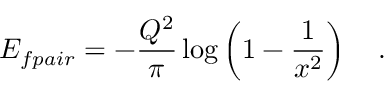
E _ { f p a i r } = - \frac { Q ^ { 2 } } { \pi } \log \left( 1 - \frac { 1 } { x ^ { 2 } } \right) \quad .